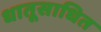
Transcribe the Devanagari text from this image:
धातूसाधित